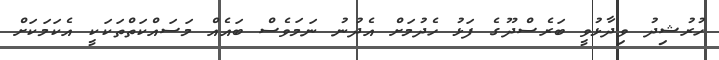
ހުރުޝިދު ވިދާޅުވީ ބަރެސްދޫގެ ފަޅު ހެދުމަށް އެދުނު ނަމަވެސް ބައެއް މަސައްކަތްތަަކަކީ އެކަމަކަށް